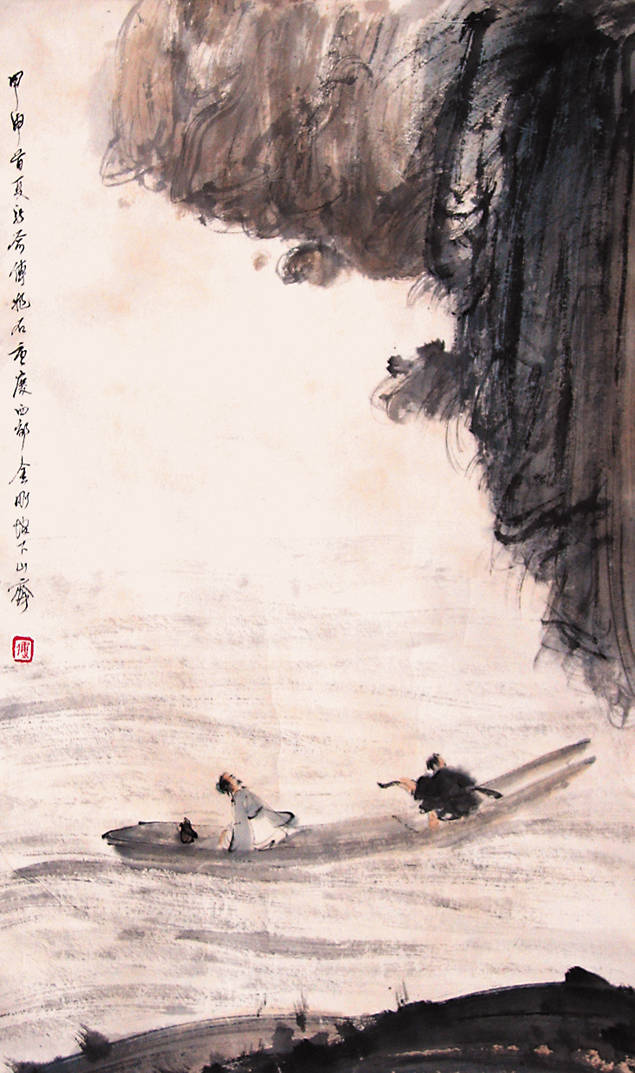
芜然蕙草暮，飒尔凉风吹。